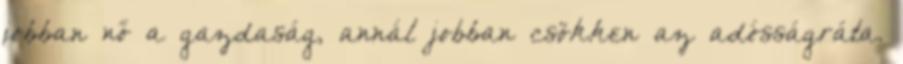
jobban nő a gazdaság, annál jobban csökken az adósságráta.